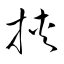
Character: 挾